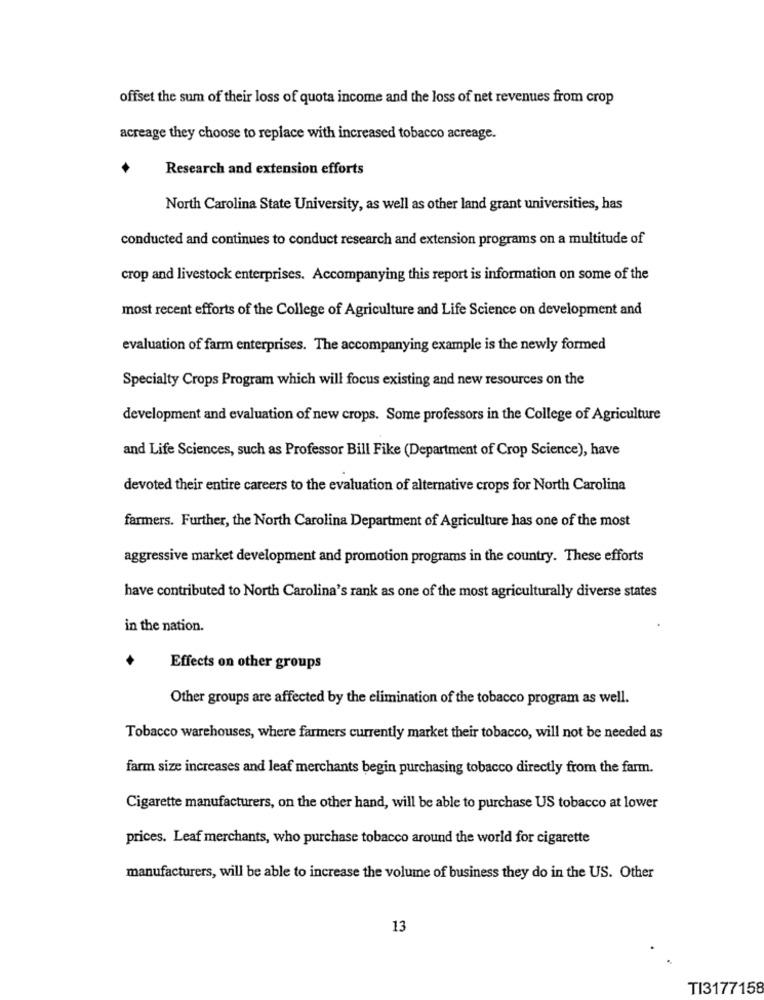
offset the sum of their loss of quota income and the loss of net revenues from crop
acreage they choose to replace with increased tobacco acreage.
Research and extension efforts
North Carolina State University, as well as other land grant universities, has
conducted and continues to conduct research and extension programs on a multitude of
crop and livestock enterprises. Accompanying this report is information on some of the
most recent efforts of the College of Agriculture and Life Science on development and
evaluation of farm enterprises. The accompanying example is the newly formed
Specialty Crops Program which will focus existing and new resources on the
development and evaluation of new crops. Some professors in the College of Agriculture
and Life Sciences, such as Professor Bill Fike (Department of Crop Science), have
devoted their entire careers to the evaluation of alternative crops for North Carolina
farmers. Further, the North Carolina Department of Agriculture has one of the most
aggressive market development and promotion programs in the country. These efforts
have contributed to North Carolina's rank as one of the most agriculturally diverse states
in the nation.
Effects on other groups
Other groups are affected by the elimination of the tobacco program as well.
Tobacco warehouses, where farmers currently market their tobacco, will not be needed as
farm size increases and leaf merchants begin purchasing tobacco directly from the farm.
Cigarette manufacturers, on the other hand, will be able to purchase US tobacco at lower
prices. Leaf merchants, who purchase tobacco around the world for cigarette
manufacturers, will be able to increase the volume of business they do in the US. Other
13
TI3177158